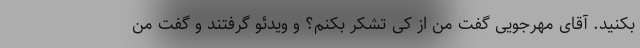
بکنید. آقای مهرجویی گفت من از کی تشکر بکنم؟ و ویدئو گرفتند و گفت من